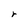
Character: r